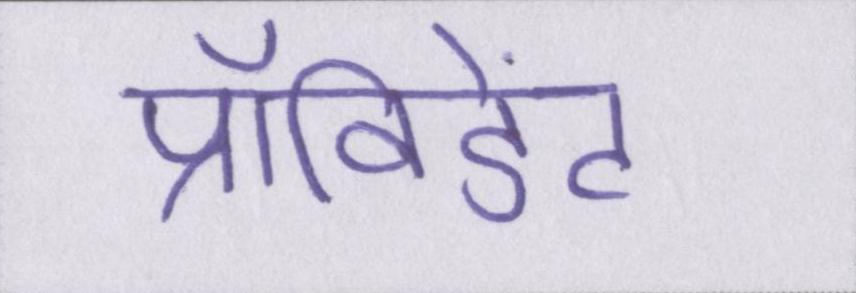
प्रॉविडेंट